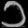
Digit: ၁